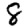
Digit: 8